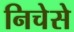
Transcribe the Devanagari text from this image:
निचेसे